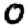
Digit: 0